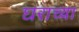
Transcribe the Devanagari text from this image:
घराच्‍या